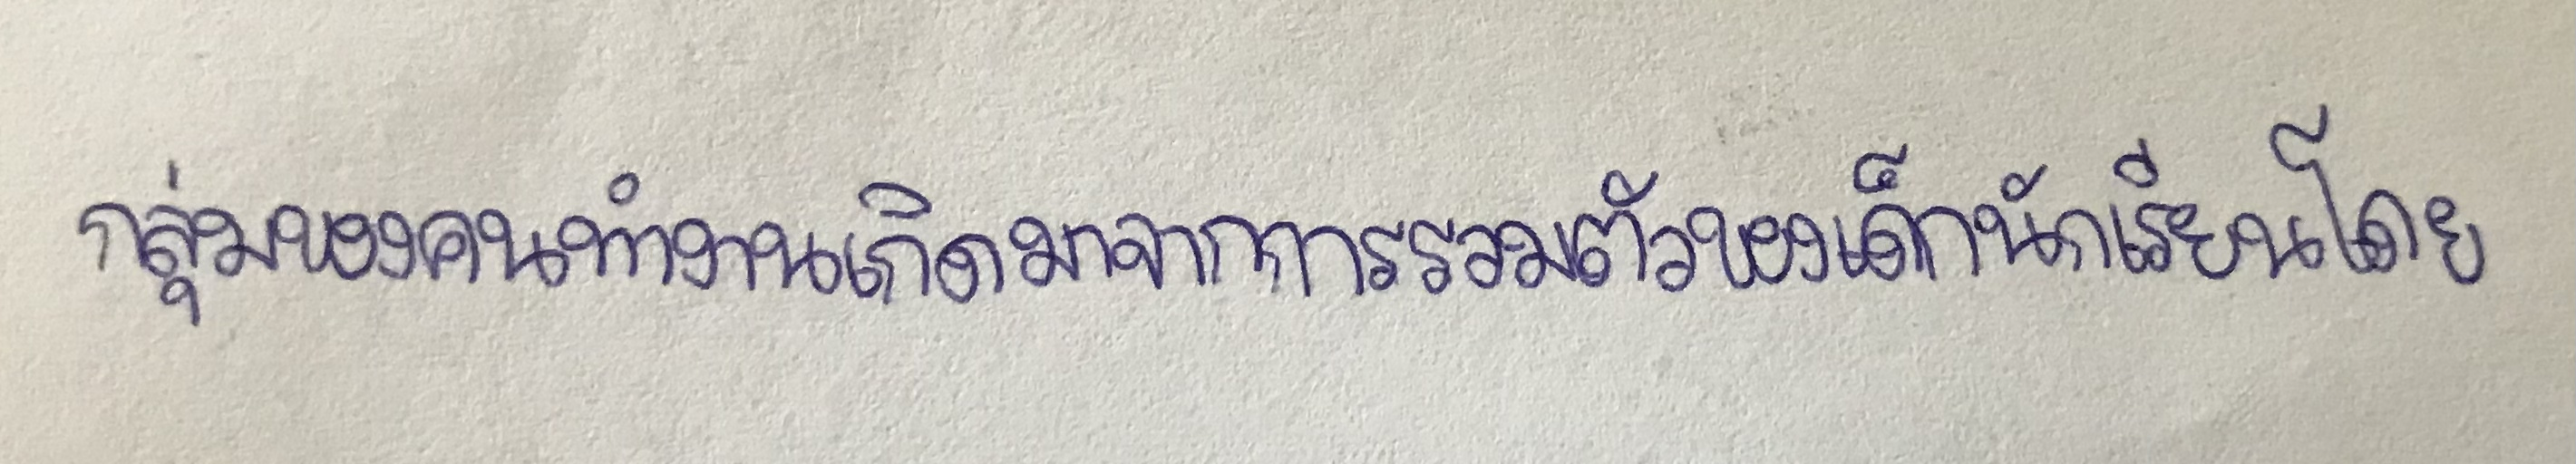
กลุ่มของคนทำงานเกิดมาจากการรวมตัวของเด็กนักเรียนโดย